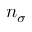
n _ { \sigma }